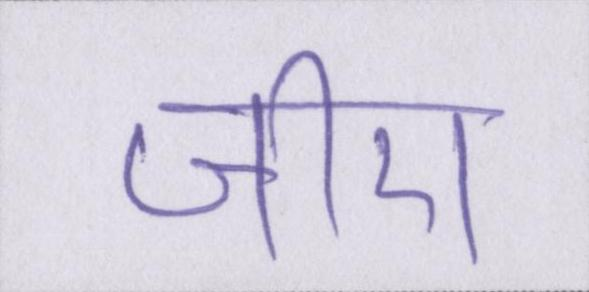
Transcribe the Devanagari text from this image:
जीरा